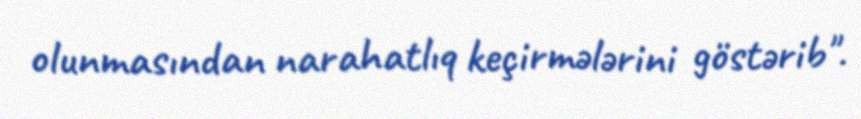
olunmasından narahatlıq keçirmələrini göstərib".